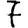
Digit: 7